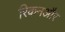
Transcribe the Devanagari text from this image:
रिकनऔर